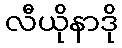
လီယိုနာဒို